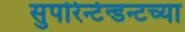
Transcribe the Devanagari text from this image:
सुपरिन्टेन्डन्टच्या